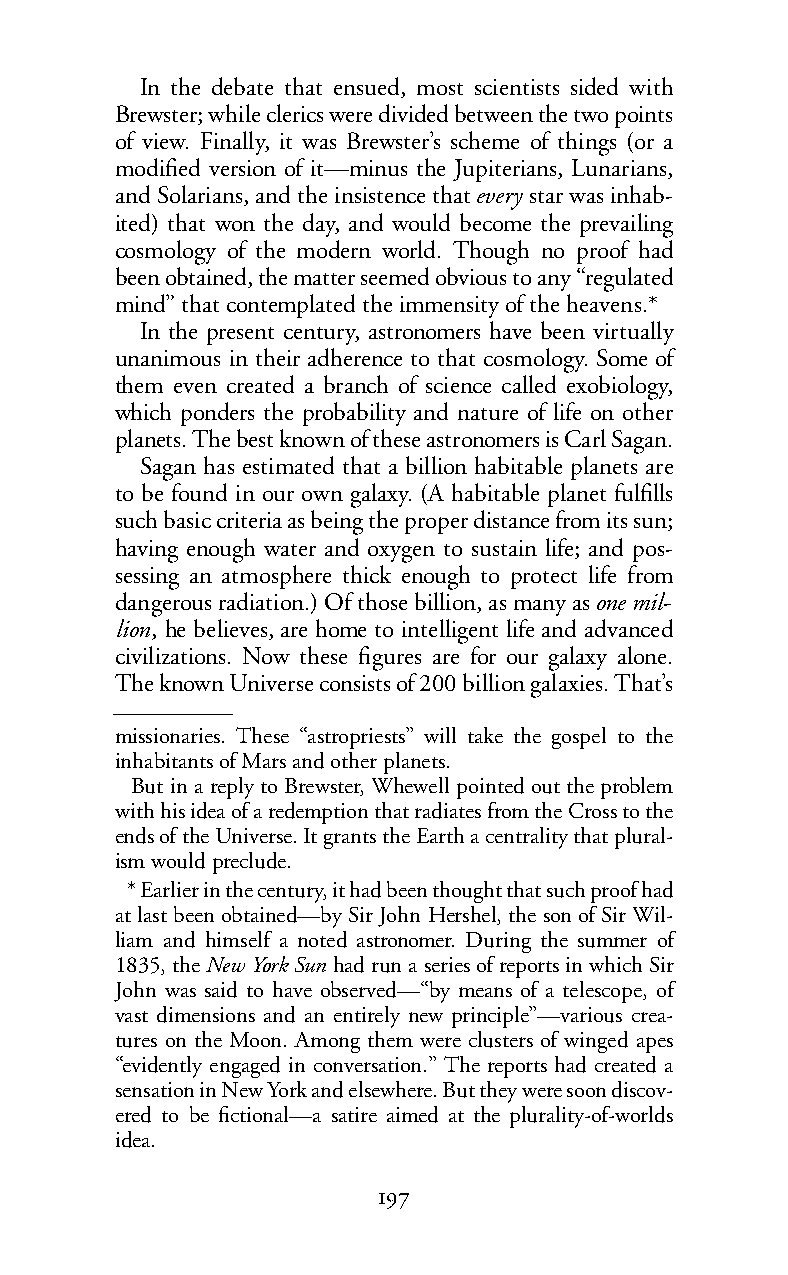
In the debate that ensued, most scientists sided with
 Brewster; while clerics were divided between the two points
 of view. Finally, it was Brewster’s scheme of things (or a
 modified version of it—minus the Jupiterians, Lunarians,
 and Solarians, and the insistence thatevery star was inhab-
 ited) that won the day, and would become the prevailing
 cosmology of the modern world. Though no proof had
 been obtained, the matter seemed obvious to any “regulated
 mind” that contemplated the immensity of the heavens.*
 In the present century, astronomers have been virtually
 unanimous in their adherence to that cosmology. Some of
 them even created a branch of science called exobiology,
 which ponders the probability and nature of life on other
 planets. The best known of these astronomers is Carl Sagan.
 Sagan has estimated that a billion habitable planets are
 to be found in our own galaxy. (A habitable planet fulfills
 such basic criteria as being the proper distance from its sun;
 having enough water and oxygen to sustain life; and pos-
 sessing an atmosphere thick enough to protect life from
 dangerous radiation.) Ofthose billion, as many asonemil-
 lion, he believes, are home to intelligent life and advanced
 civilizations. Now these figures are for our galaxy alone.
 Theknown Universe consists of 200 billion galaxies. That’s
 missionaries. These “astropriests” will take the gospel to the
 inhabitants of Mars and other planets.
 But in a reply to Brewster, Whewell pointed out the problem
 with his idea of a redemption that radiates from the Cross to the
 ends of the Universe. It grants the Earth a centrality that plural-
 ism would preclude.
 *Earlier in thecentury, it had been thought that such proof had
 at last been obtained—by Sir John Hershel, the son of Sir Wil-
 liam and himself a noted astronomer. During the summer of
 1835, theNew York Sun had run a series of reports in which Sir
 John was said to have observed—“by means of a telescope, of
 vast dimensions and an entirely new principle”—various crea-
 tures on the Moon. Among them were clusters of winged apes
 “evidently engaged in conversation.” The reports had created a
 sensation in New York and elsewhere. But they were soon discov-
 ered to be fictional—a satire aimed at the plurality-of-worlds
 idea.
 